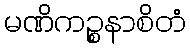
မဏိကဉ္စနာစိတံ